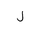
Letter: _lam